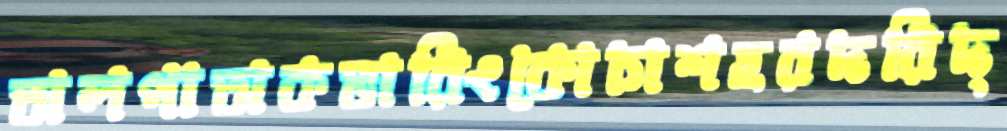
তালপাতাকভারিংকোচাশহরদরিদ্